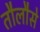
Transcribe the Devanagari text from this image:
तौलौसे